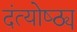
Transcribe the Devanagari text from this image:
दंत्योष्ठ्य